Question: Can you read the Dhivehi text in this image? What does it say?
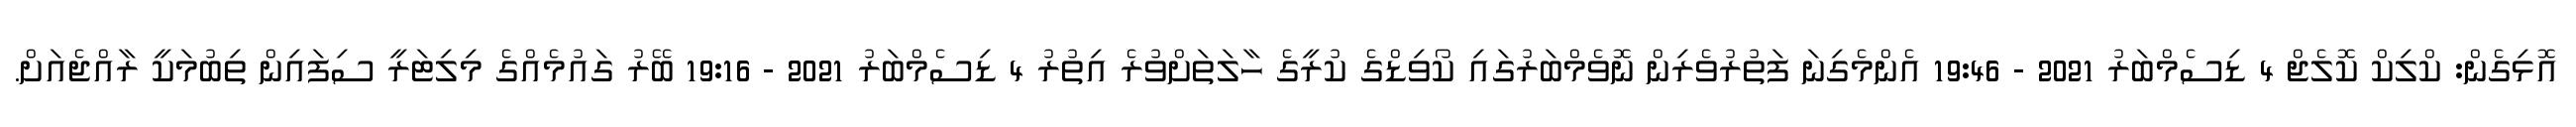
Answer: އޮޅިގެން: ކްލިކް ކޮލެޖް 4 ޑިސެމްބަރު 2021 - 19:46 އެންމެގިނަ ފަތުރުވެރިން ނޮވެމްބަރުގައި ކޯވިޑްގެ ކުރީގެ ހާލަތަށްވުރެ އިތުރު 4 ޑިސެމްބަރު 2021 - 19:16 ބޭރު ގައުމެއްގެ މިލިޓަރީ ސިފައިން ތިބުމަކީ ރާއްޖެއަށް.